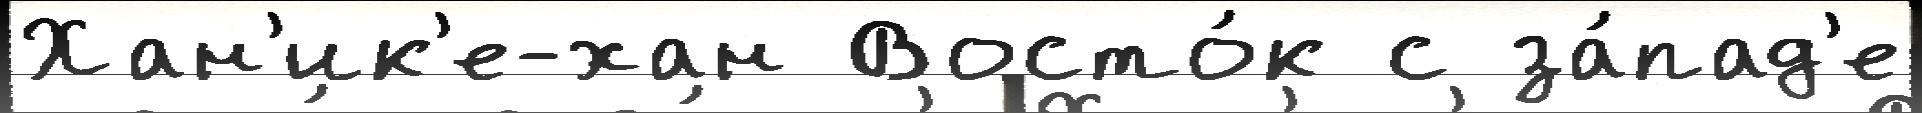
Хан'ик'е-хан Восто́к с за́пад'е